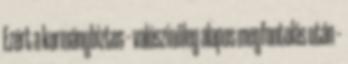
Ezért a kormánybiztos – valószínűleg alapos megfontolás után –